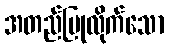
အတည်ပြုလိုက်သော